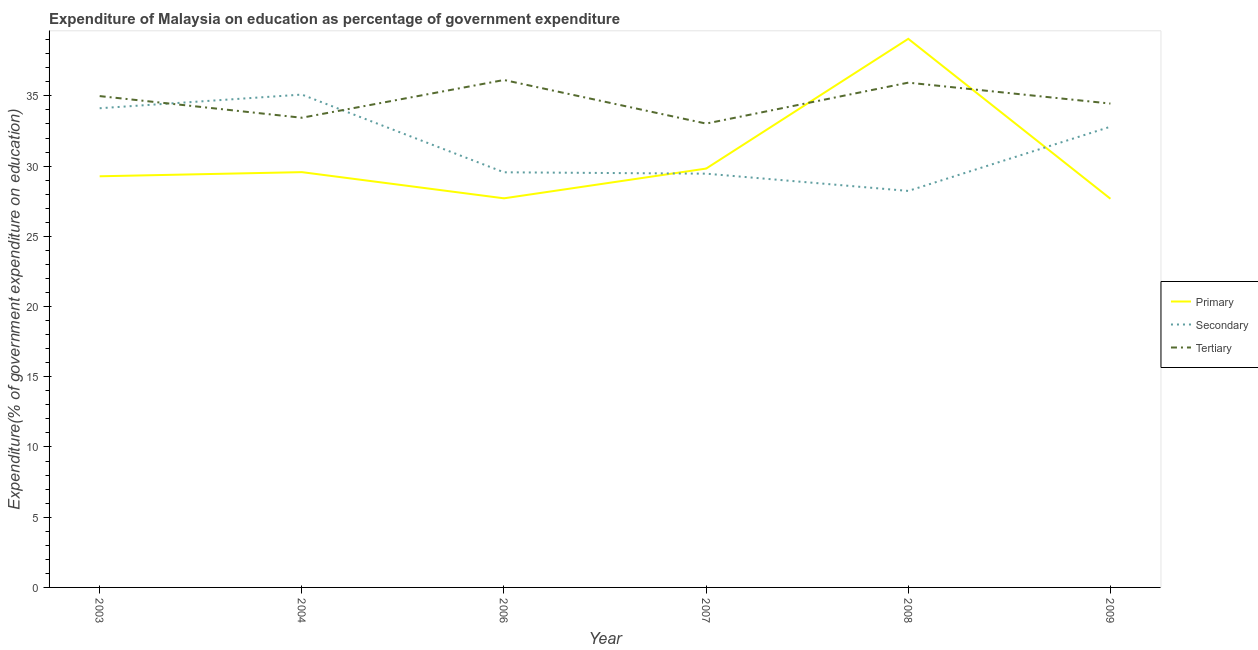
| Year | Primary | Secondary | Tertiary |
 | --- | --- | --- | --- |
 | 2003 | 29.3 | 34.1 | 35 |
 | 2004 | 29.6 | 35.1 | 33.4 |
 | 2006 | 27.7 | 29.6 | 36.1 |
 | 2007 | 29.8 | 29.5 | 33 |
 | 2008 | 39.1 | 28.2 | 35.9 |
 | 2009 | 27.7 | 32.8 | 34.5 |